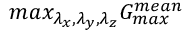
m a x _ { \lambda _ { x } , \lambda _ { y } , \lambda _ { z } } G _ { m a x } ^ { m e a n }